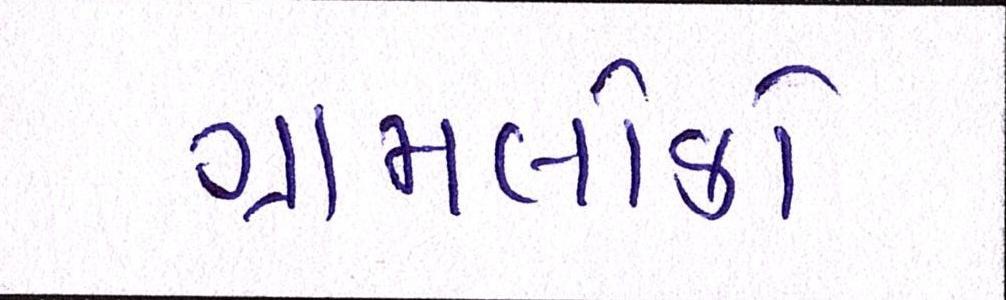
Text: ગ્રામલોકો